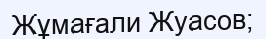
Жұмағали Жуасов;